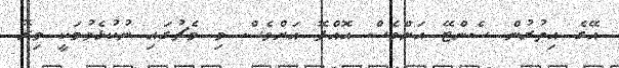
އޭގެ އިތުރުން ސެންޓޭ އަށްވެސް އޮއްޕޮ އަށްވެސް މި މެޗުގައި ނުކުޅެވުމަކީ މިރޭ